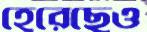
হেরেছেও